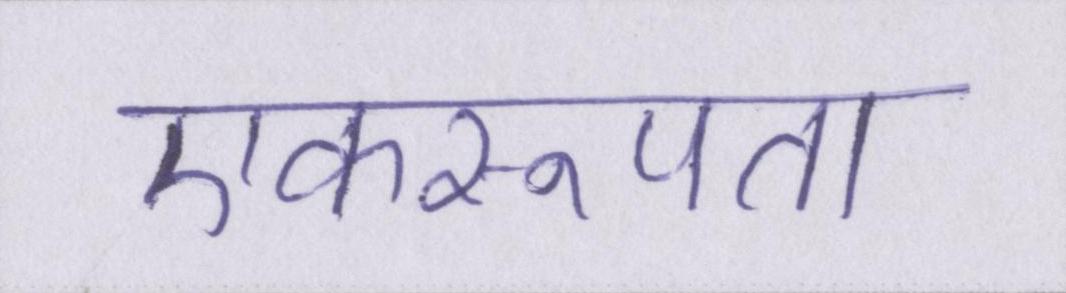
एकरूपता